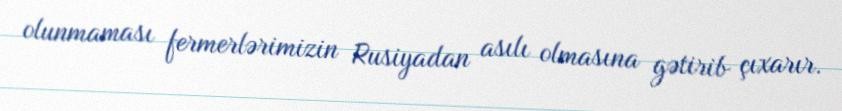
olunmaması fermerlərimizin Rusiyadan asılı olmasına gətirib çıxarır.